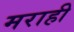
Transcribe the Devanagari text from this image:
मराही